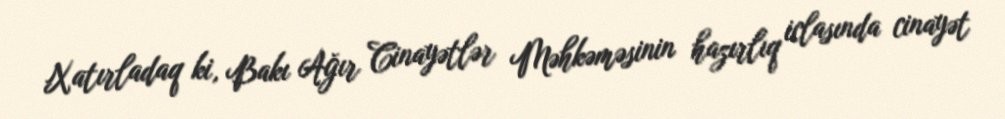
Xatırladaq ki, Bakı Ağır Cinayətlər Məhkəməsinin hazırlıq iclasında cinayət